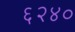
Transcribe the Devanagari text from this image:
६२४०